Tartu_Kolgata_baptistikogudus, lk 7
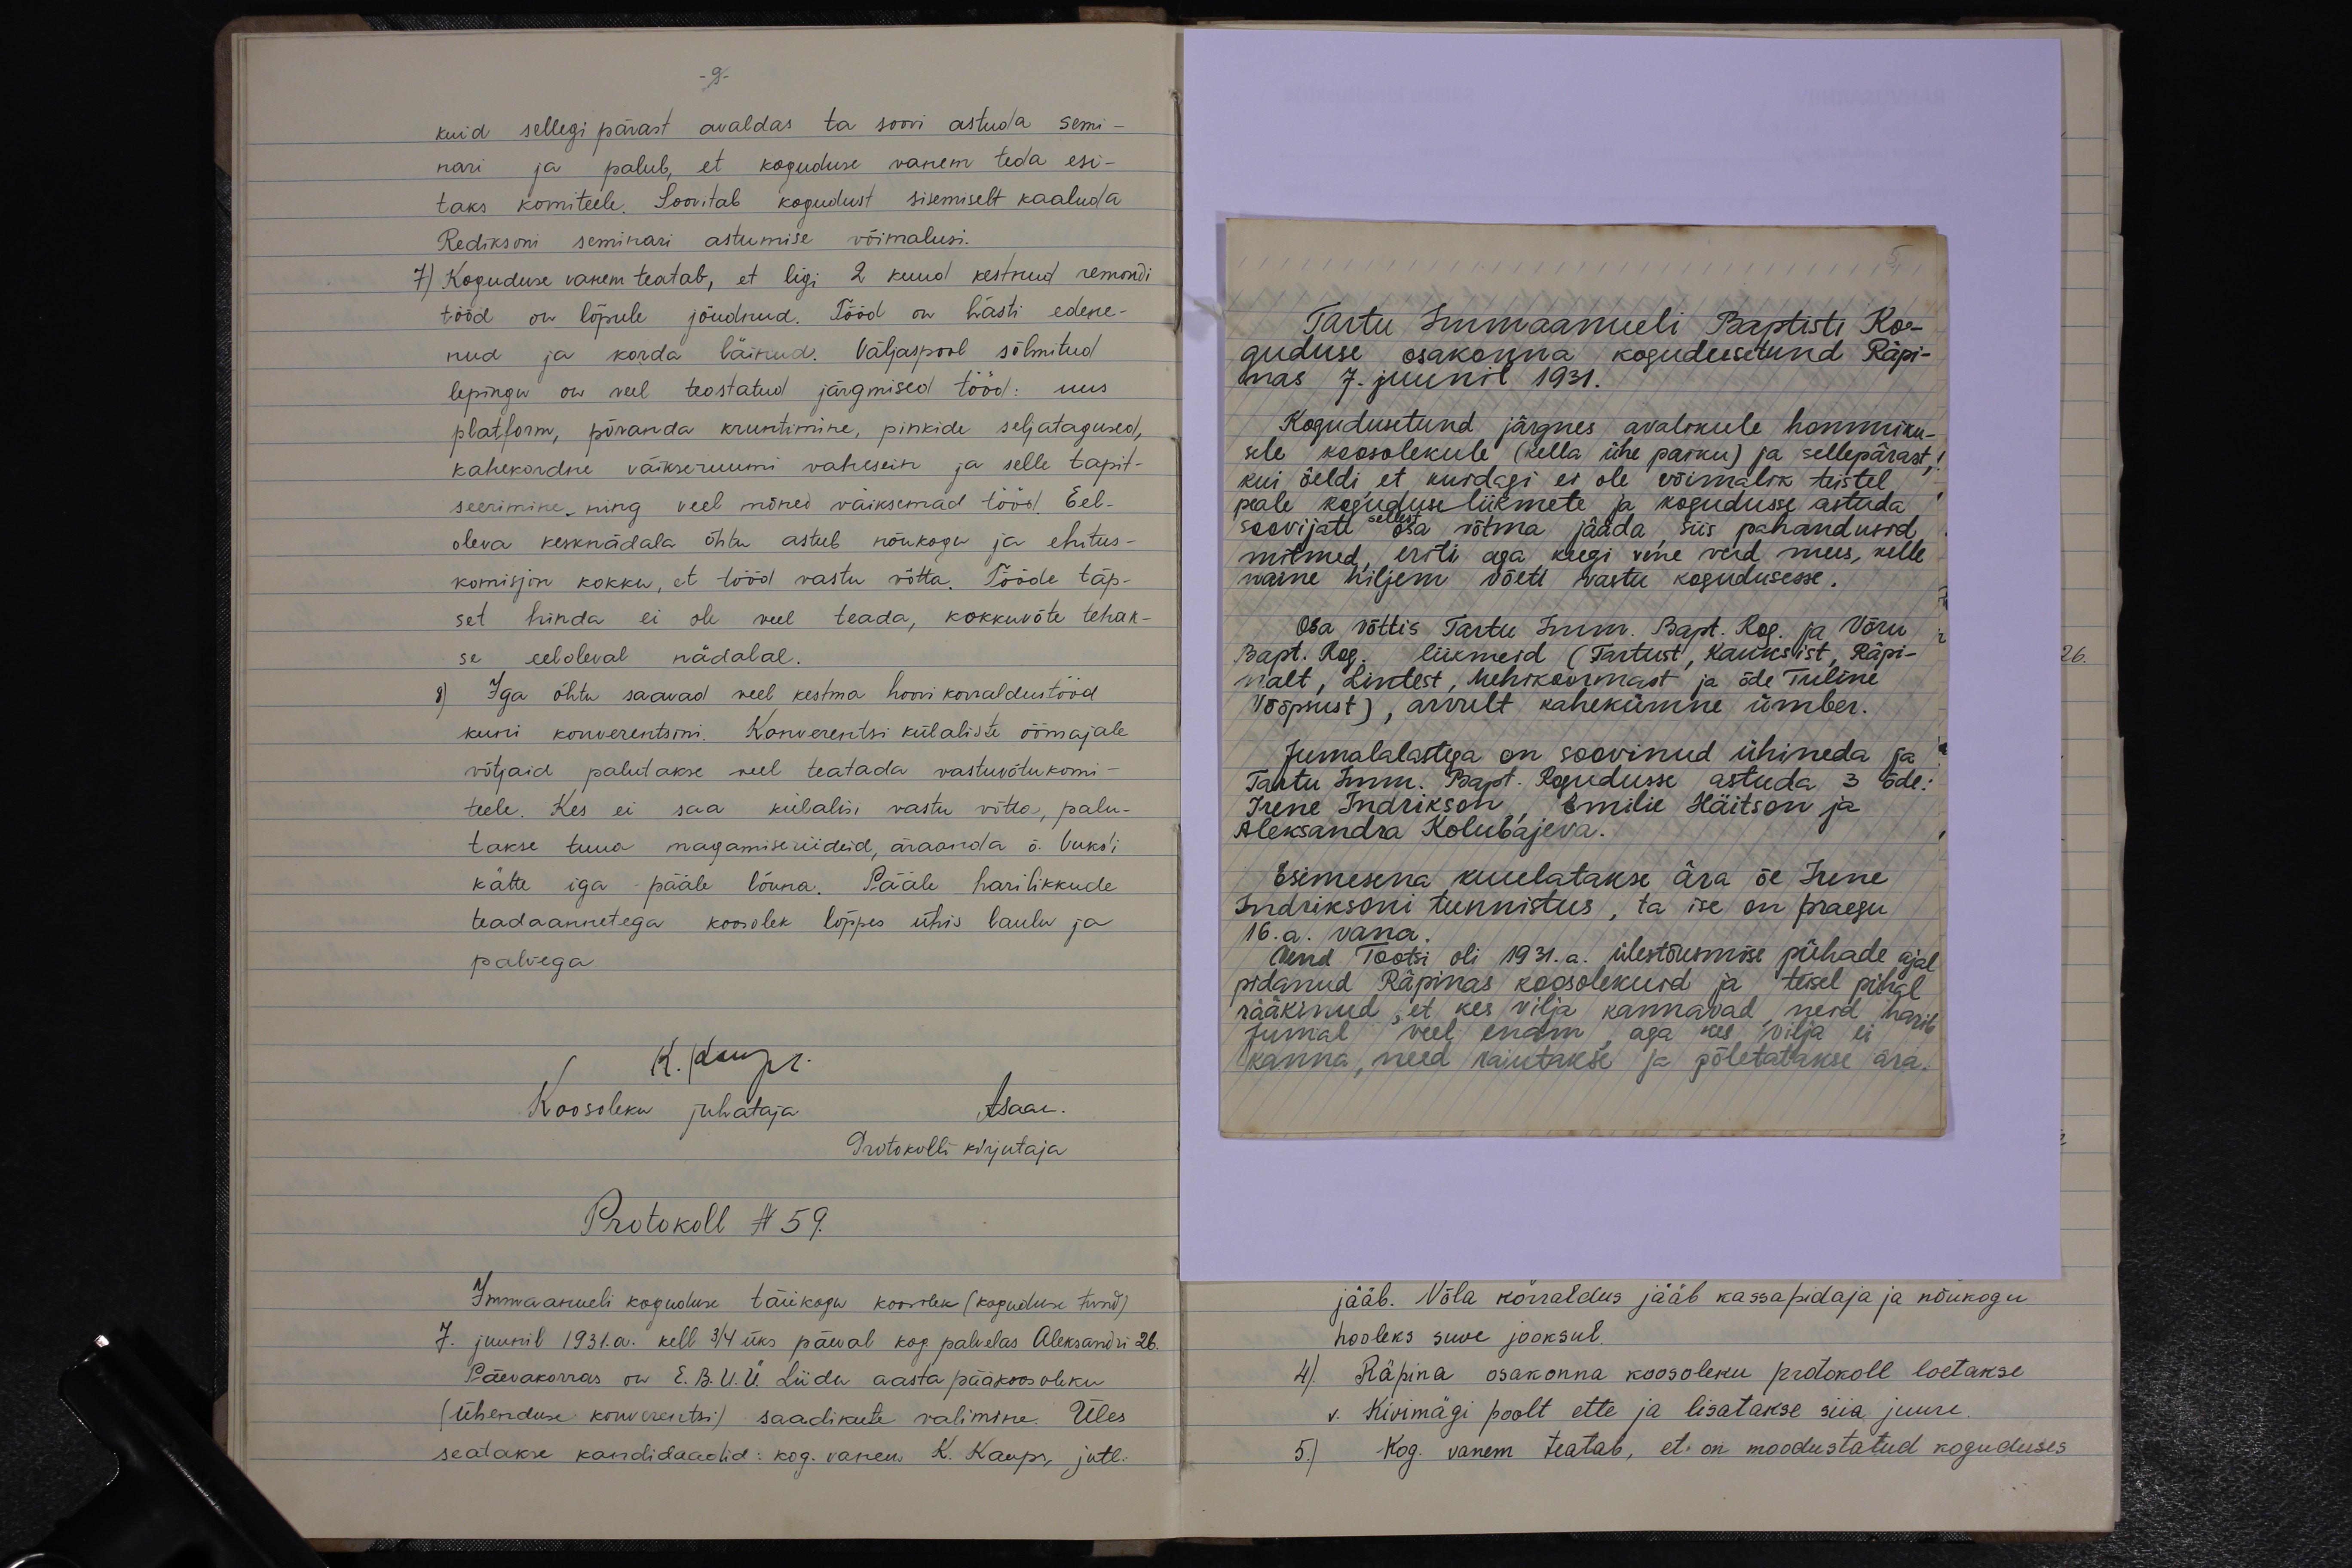
-9.
kuid sellegi pärast avaldas ta soovi astuda semi-
nari ja palub, et koguduse vanem teda esi-
taks komiteele. Soovitab kogudust sisemiselt kaaluda
Rediksoni seminari astumise võimalusi.
7) Koguduse vanem teatab, et ligi 2 kuud kestnud remondi
tööd on lõpule jõudnud. Tööd on hästi edene-
nud ja korda läinud. Väljaspool sõlmitud
lepingu on veel teostatud järgmised tööd: uus
platform, põranda kruntimine, pinkide seljatagused,
kahekordne väikseruumi vahesein ja selle tapit-
seerimine ning veel mõned väiksemad tööd. Eel-
oleva kesknädala õhtu astub nõukogu ja ehitus-
komisjon kokku, et tööd vastu võtta. Tööde täp-
set hinda ei ole veel teada, kokkuvõte tehak-
se eeloleval nädalal.
8) Iga õhtu saavad veel kestma hoovi korraldustööd
kuni konverentsini. Konverentsi külaliste öömajale
võtjaid palutakse veel teatada vastuvõtukomi-
teele. Kes ei saa külalisi vastu võtta, palu-
takse tuua magamiseriideid, äraanda õ. Vuks'i
kätte iga pääle lõuna. Pääle harilikkude
teadaannetega koosolek lõppes ühis laulu ja
palvega.
Koosoleku juhataja
K. Kaups
Asaar.
Protokolli kirjutaja
Protokoll N 59.
Immaanueli koguduse täiskogu koosolek (koguduse tund)
7. juunil 1931.a. kell 3/4 üks päeval kog. palvelas Aleksandri 26.
Päevakorras on E.B.U.Ü. Liidu aasta pääkoosoleku
(ühenduse konverentsi) saadikute valimine. Üles
seatakse kandidaadid: kog. vanem. K. Kaups, jutl.

Tartu Immaanueli Baptisti Ko-
guduse osakonna kogudusetund Räpi-
nas 7. juunil 1931.
Kogudusetund järgnes avalikule hommiku-
sele koosolekule (kella ühe paiku) ja sellepärast
kui öeldi et kuidagi ei ole võimalik teistel
peale koguduse liikmete ja kogudusse astuda
soovijate sellest osa võtma jääda siis pahandusid
mitmed, eriti aga keegi vene verd mees, kelle
naine hiljem võeti vastu kogudusesse.
Osa võttis Tartu Imm. Bapt. Kog. ja Võru
Bapt. Kog. liikmeid (Tartust, Kauksist, Räpi-
nalt, Lintest, Mehikoormast ja õde Tuline.
Võõpsust), arvult kahekümne ümber.
Jumalalastega on soovinud ühineda ja
Tartu Imm. Bapt. Kogudusse astuda 3 õde:
Irene Indrikson, Emilie Häitson ja
Aleksandra Kolubajeva
Esimesena kuulatakse ära õe Irene
Indriksoni tunnistus, ta ise on praegu
16.a. vana.
Vend Tootsi oli 1931.a. ülestõumise pühade ajal
pidanud Räpinas koosolekud ja teisel pühal
rääkinud, et kes vilja kannavad, neid harib
Jumal veel enam, aga kes vilja ei
kanna, need raiutakse ja põletatakse ära.